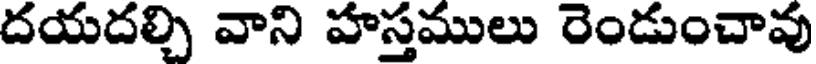
దయదల్చి వాని హస్తములు రెండుంచావు